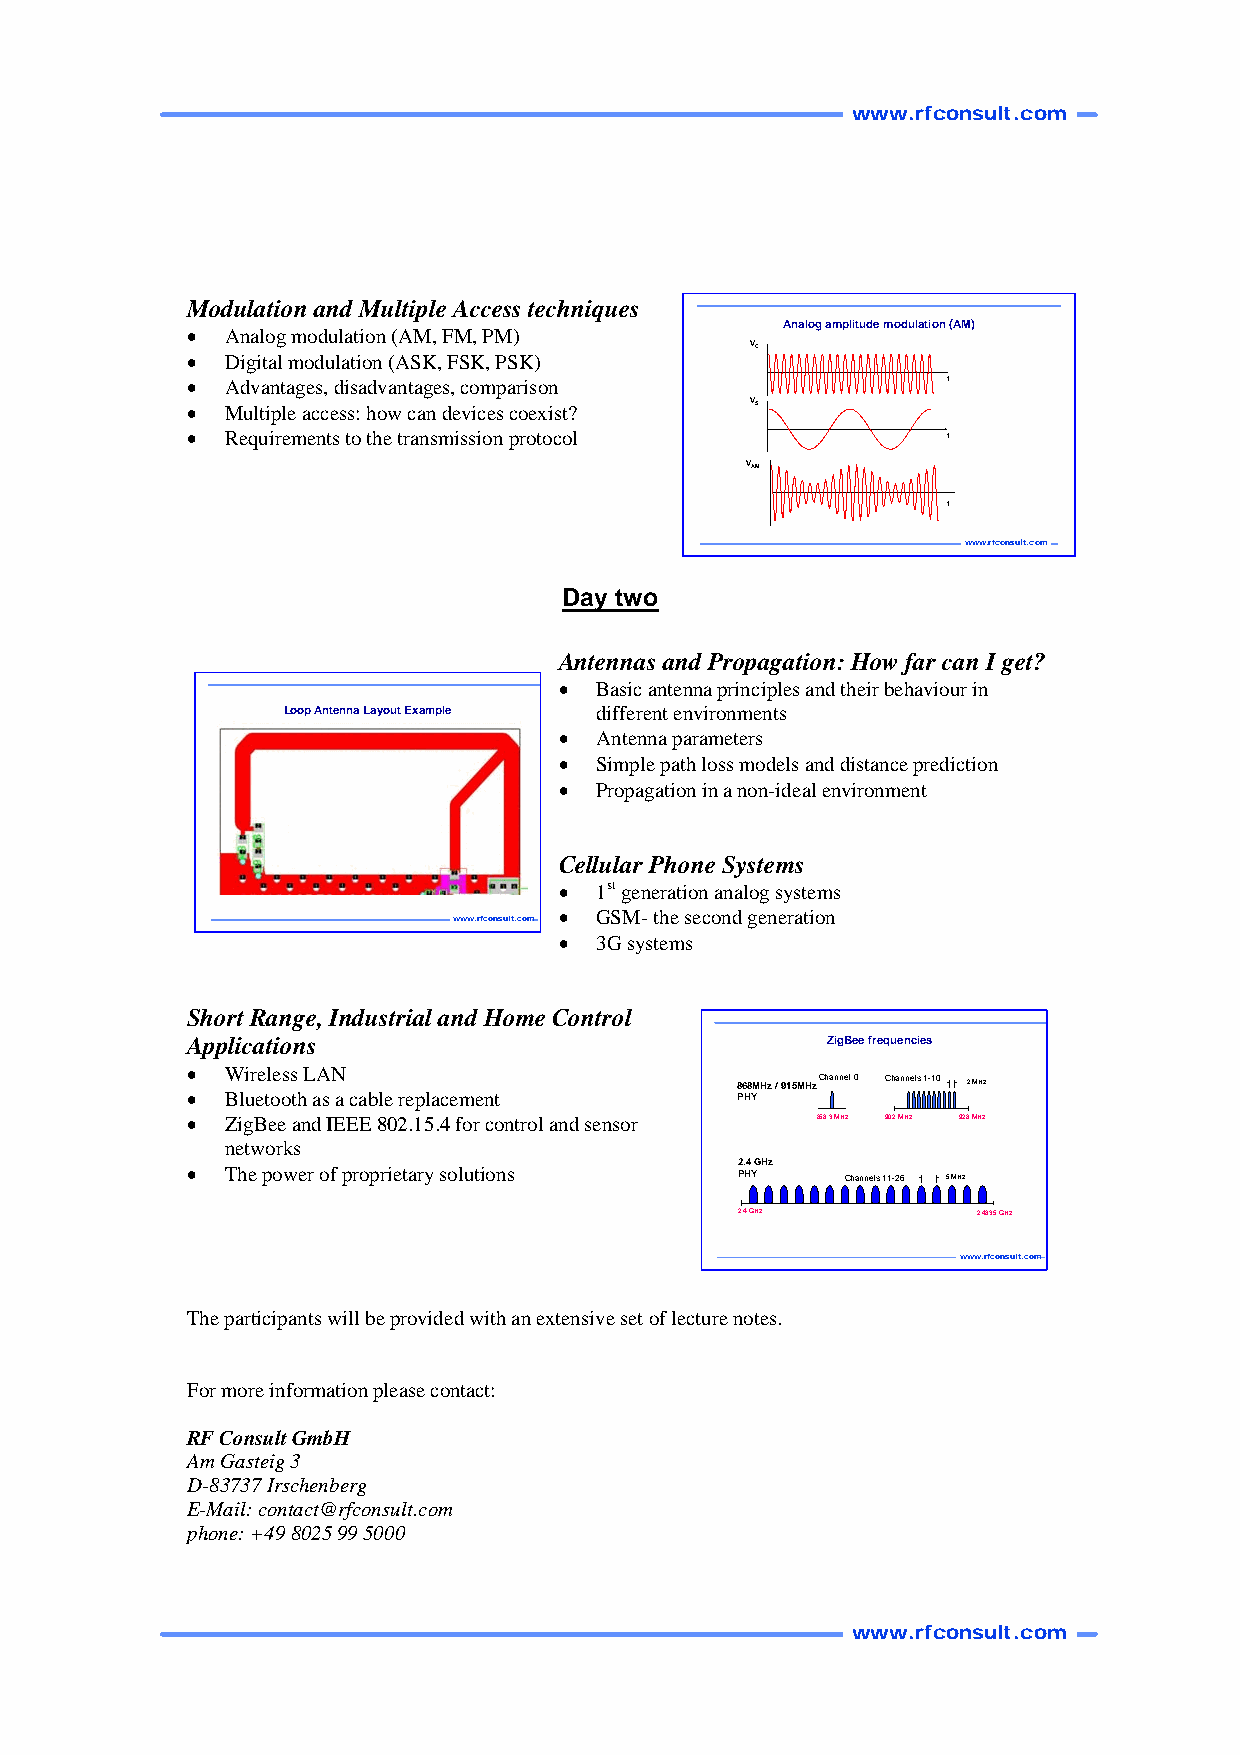
www.rfconsult.com
 Modulation and Multiple Access techniques
 Analog amplitudemodulation(AM)
 •  Analog modulation (AM, FM, PM)
 VC
 •  Digital modulation (ASK, FSK, PSK)
 •  Advantages, disadvantages, comparison           t
 •  Multiple access: how can devices coexist?
 VS
 •  Requirements to the transmission protocol       t
 VAM
 t
 www.rfconsult.com
 Day two
 Antennas and Propagation: How far can I get?
 • Basic antenna principles and their behaviour in
 LoopAntennaLayout Example different environments
 • Antenna parameters
 • Simple path loss models and distance prediction
 • Propagation in a non-ideal environment
 Cellular Phone Systems
 • 1st generation analog systems
 • GSM- the second generation
 www.rfconsult.com
 • 3G systems
 Short Range, Industrial and Home Control
 Applications                               ZigBeefrequencies
 •  Wireless LAN
 868MHz / 915MHz Channel 0 Channels 1-10 2 MHz
 •  Bluetooth as a cable replacement  PHY
 •  ZigBee and IEEE 802.15.4 for control and sensor 868.3 MHz 902 MHz 928 MHz
 networks
 2.4 GHz
 •  The power of proprietary solutions PHY   Channels 11-26 5 MHz
 2.4 GHz         2.4835 GHz
 www.rfconsult.com
 The participants will be provided with an extensive set of lecture notes.
 For more information please contact:
 RF Consult GmbH
 Am Gasteig 3
 D-83737 Irschenberg
 E-Mail: contact@rfconsult.com
 phone: +49 8025 99 5000
 www.rfconsult.com